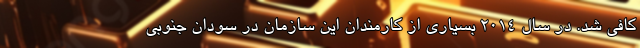
کافی شد. در سال 2014 بسیاری از کارمندان این سازمان در سودان جنوبی